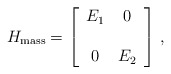
\begin{align*}H_{\rm mass} =\left[\begin{array}{cc}E_1 & 0 \\ \\0 & E_2\end{array}\right]\,,\end{align*}